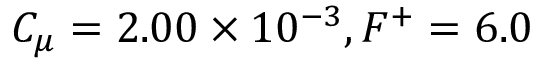
C _ { \mu } = 2 . 0 0 \times 1 0 ^ { - 3 } , F ^ { + } = 6 . 0